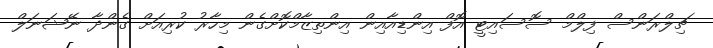
ޗިލްރަންސް ފިލްމް ސޮސައިޓީ އޮފް އިންޑިއާއިން އިންތިޒާމްކޮށްގެން މިހާރު ކުރިއަށް ގެންދާ ނޭޝަނަލް